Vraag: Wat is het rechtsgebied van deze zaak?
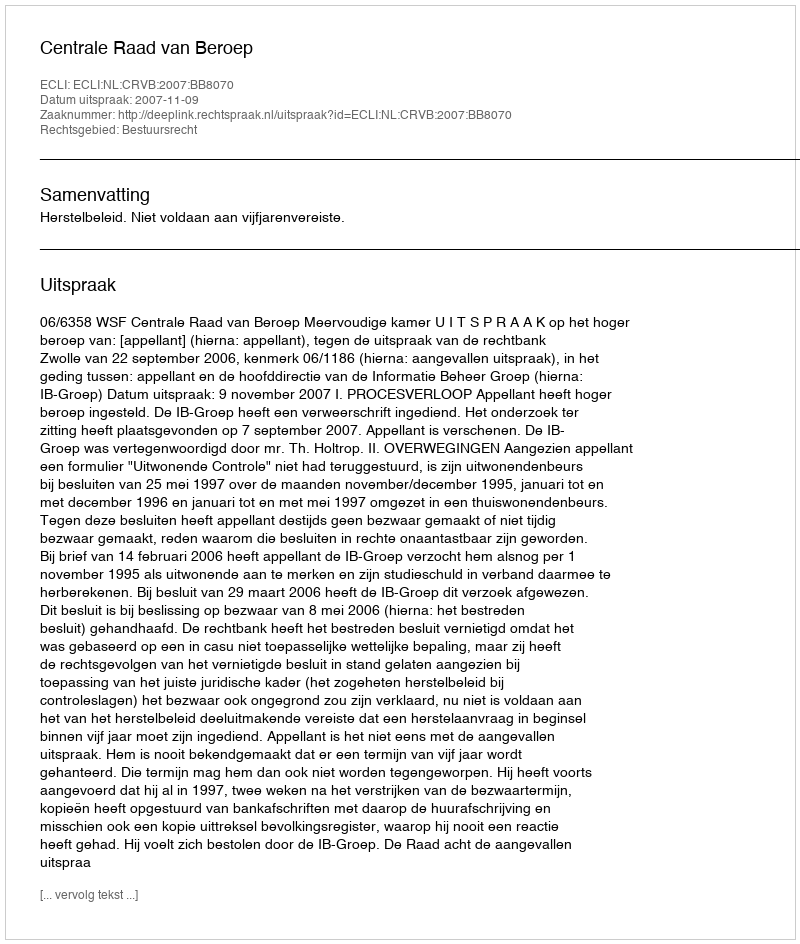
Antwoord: Bestuursrecht